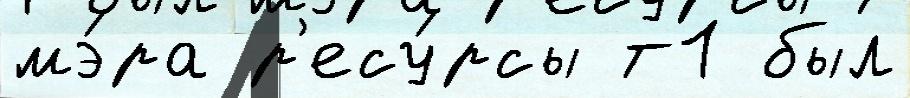
мэ́ра р'есу́рсы т1 был